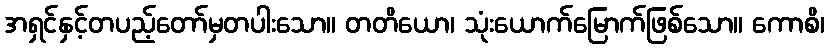
အရှင်နှင့်တပည့်တော်မှတပါးသော။ တတိယော၊ သုံးယောက်မြောက်ဖြစ်သော။ ကောစိ၊